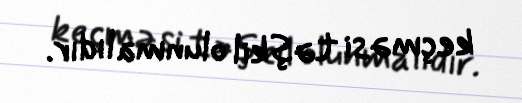
keçməsi təşkil olunmalıdır.